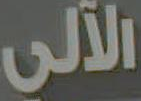
الآلي